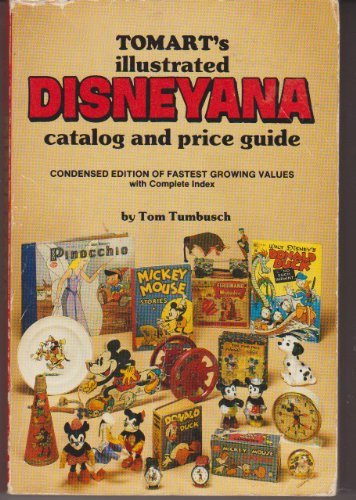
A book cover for Tomart's Illustrated Disneyana Catalog and Price Guide; Tom Tumbusch; Crafts, Hobbies & Home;